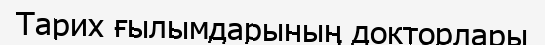
Тарих ғылымдарының докторлары